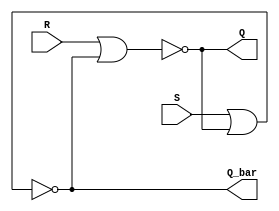
`timescale 1ns / 1ps
//////////////////////////////////////////////////////////////////////////////////
// Company: 
// Engineer: 
// 
// Design Name: 
// Module Name: SR_LATCH
// Project Name: 
// Target Devices: 
// Tool Versions: 
// Description: 
// 
// Dependencies: 
// 
// Revision:
// Revision 0.01 - File Created
// Additional Comments:
// 
//////////////////////////////////////////////////////////////////////////////////


module SR_LATCH(S,R,Q,Q_bar);
input S,R;
output Q,Q_bar;
assign Q=~(R|Q_bar);
assign Q_bar=~(S|Q);
endmodule